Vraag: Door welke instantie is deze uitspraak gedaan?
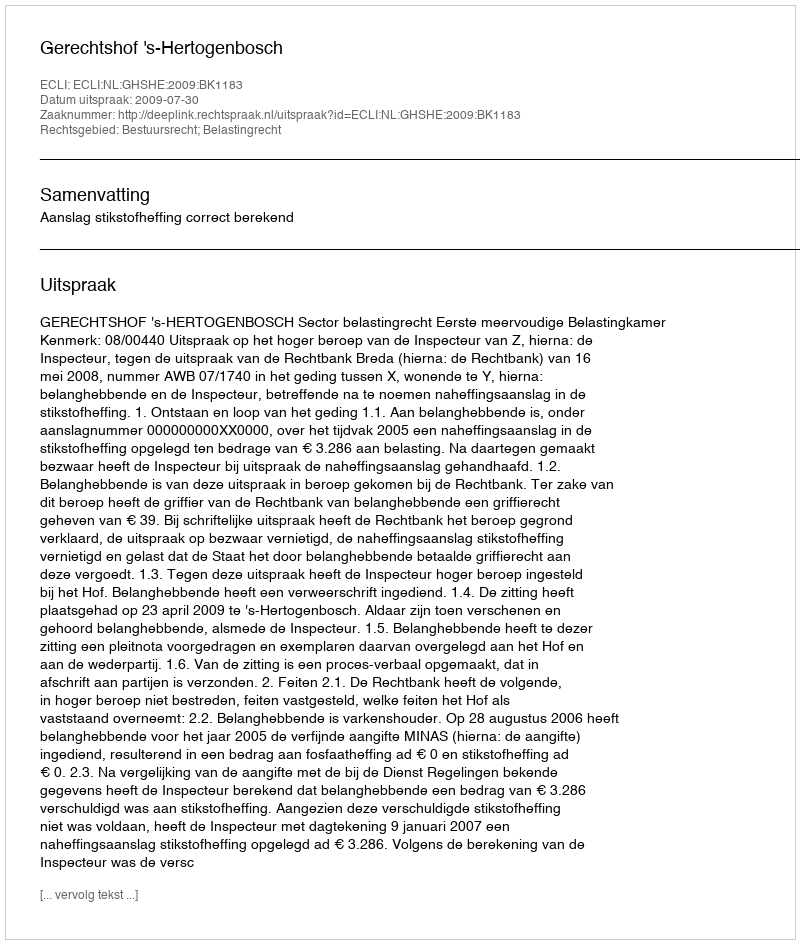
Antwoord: Gerechtshof 's-Hertogenbosch